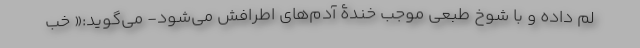
لم داده و با شوخ طبعی موجب خندۀ آدم‌های اطرافش می‌شود- می‌گوید:« خب